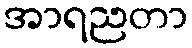
အာရညတာ